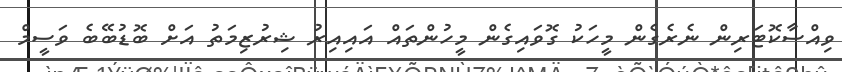
ވިއްސާކޮޓަރިން ނެރެގެން މީހަކު ގޮވައިގެން މީހުންތައް އައިއިރު ޝިރުޒިމަތު އަށް ބޮޑުބޭބެ ވަސީމް